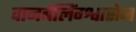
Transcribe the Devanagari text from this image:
वानबेलिंग्श्वासेन